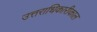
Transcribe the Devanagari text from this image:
उत्तराधिकारीकाल